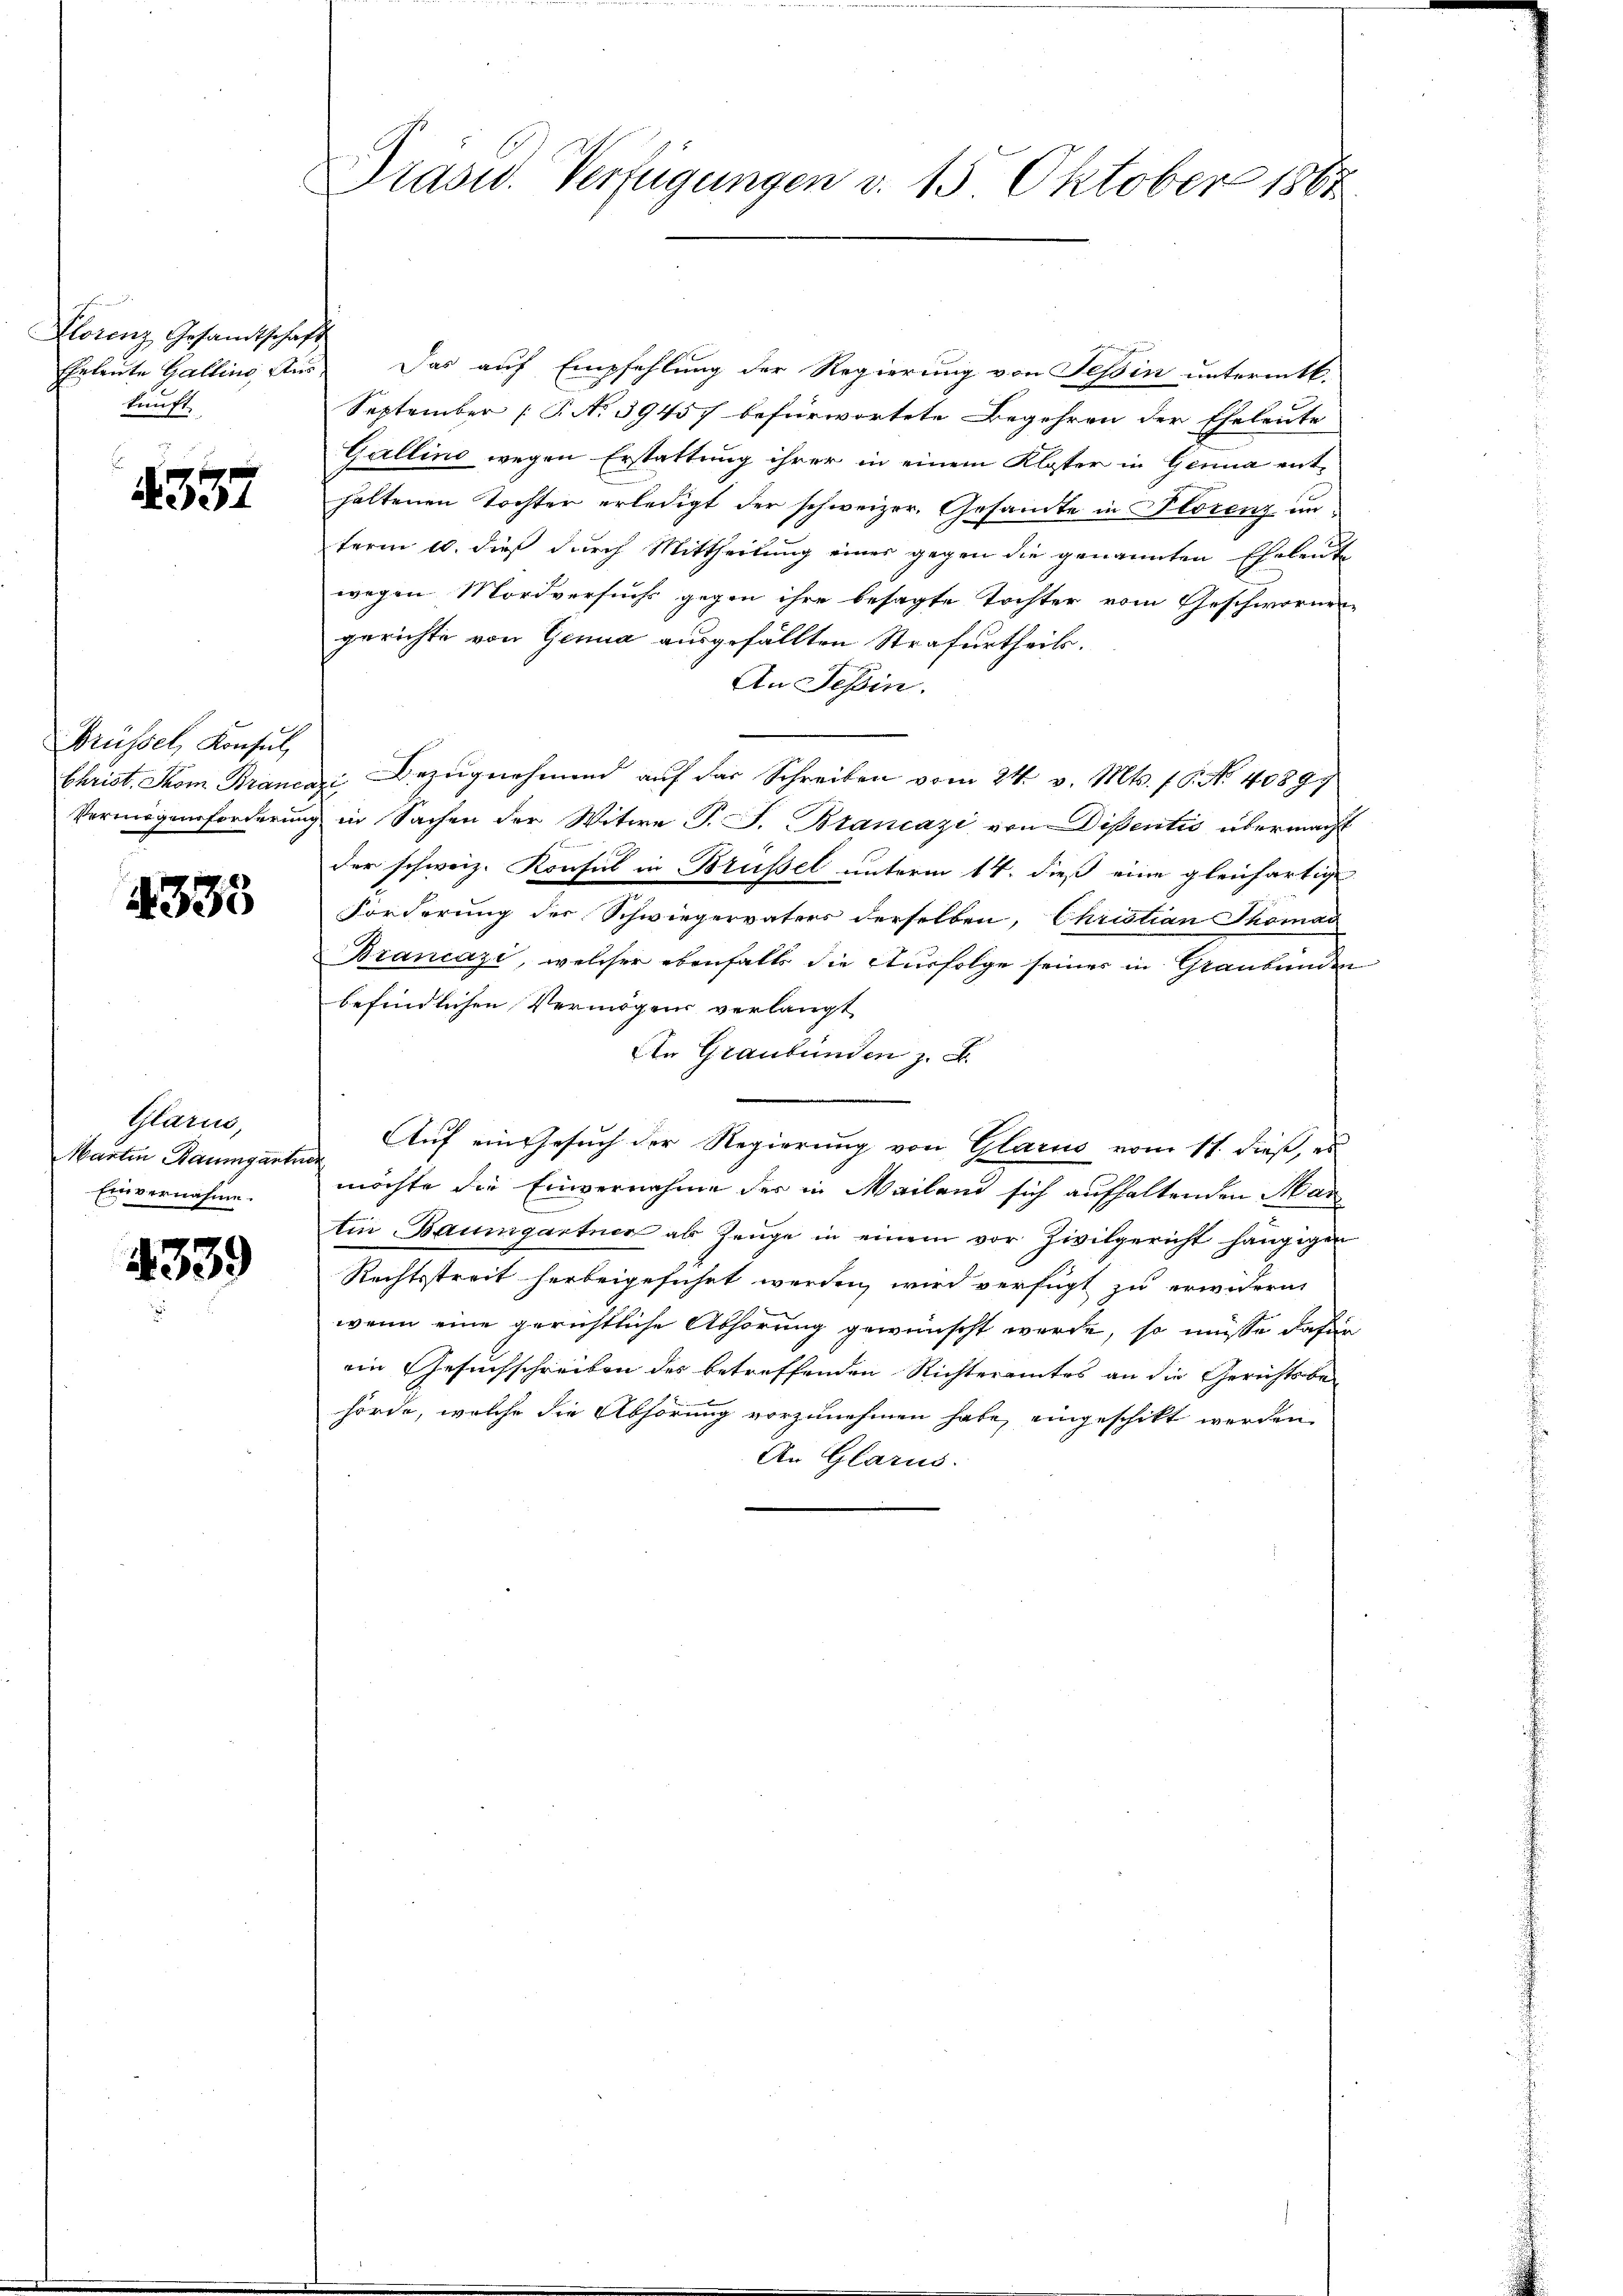
Florenz Gesandtschaft
kunft

4357

Brüssel, Konsul

4333

Glarus,
Martin Baumgartner
Einvernahme.

4339

Präsid. Verfügungen v. 15. Oktober 1862

Eheleute Gallins Aus Das auf Empfehlung der Regierung von Tessin untermitt.
September (T. No 3945] befürwortete Begehren der Eheleute
Gallino wegen Erstattung ihrer in einem Kloster in Genua enthaltenen Tochter erledigt der schweizer. Gesamte in Florenz in
term 10. dieß durch Mittheilung eines gegen die genannten Eheleute
wegen Mordversuchs gegen ihre besagte Tochter vom Geschwornen
gerichte von Genua ausgefällten Strafurtheils.
An Tessin.
Christ. Thom Brancas, Bezŭgnehmend aŭf das Schreiben vom 24. v. Mts. f. No. 4089.
Vermögensforderung in Sachen der Witwe P. J. Blancazi von Disentis übermacht
der schweiz. Konsul in Brüssel unterm 14. dieß eine gleichartige
Forderung der Schwiegervaters derselben, Christian Thomas
Brancazi, welcher ebenfalls die Ausfolge seiner in Graubünden
befindlichen Vermögens verlangt
An Graubünden z. B.
Auf ein Gesuch der Regierung von Glarus vom 11. dieß, es
möchte die Einvernahme der in Mailand sich aufhaltenden Mar
tin Baumgartner als Zeuge in einem vor Zivilgericht hängigen
Rechtstreit herbeigeführt werden, wird verfügt zu erwidern
wenn eine gerichtliche Abhörung gewünscht werde, so müsse dafür
ein Gesuchschreiben des betreffenden Richteramtes an die Gerichtsbehörde, welche die Abhörung vorzunehmen habe, eingeschikt werden
An Glarus.